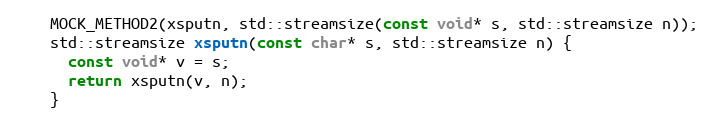
Language: C++
    MOCK_METHOD2(xsputn, std::streamsize(const void* s, std::streamsize n));
    std::streamsize xsputn(const char* s, std::streamsize n) {
      const void* v = s;
      return xsputn(v, n);
    }